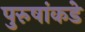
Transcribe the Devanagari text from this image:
पुरुषांकडे